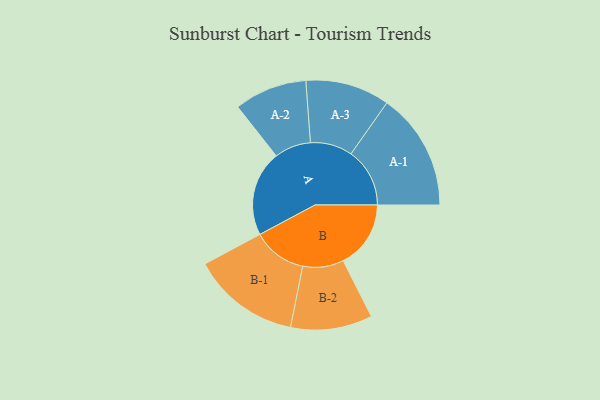
{"axis": {"x": "Segment", "y": "Value"}, "legend": ["", "A", "B"], "data": [{"x": "A", "y": 406, "type": ""}, {"x": "B", "y": 321, "type": ""}, {"x": "A-1", "y": 279, "type": "A"}, {"x": "A-2", "y": 173, "type": "A"}, {"x": "A-3", "y": 200, "type": "A"}, {"x": "B-1", "y": 257, "type": "B"}, {"x": "B-2", "y": 194, "type": "B"}]}